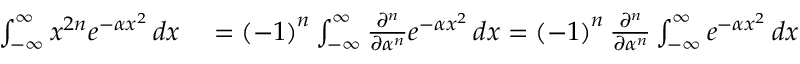
\begin{array} { r l } { \int _ { - \infty } ^ { \infty } x ^ { 2 n } e ^ { - \alpha x ^ { 2 } } \, d x } & { { } = \left( - 1 \right) ^ { n } \int _ { - \infty } ^ { \infty } { \frac { \partial ^ { n } } { \partial \alpha ^ { n } } } e ^ { - \alpha x ^ { 2 } } \, d x = \left( - 1 \right) ^ { n } { \frac { \partial ^ { n } } { \partial \alpha ^ { n } } } \int _ { - \infty } ^ { \infty } e ^ { - \alpha x ^ { 2 } } \, d x } \end{array}